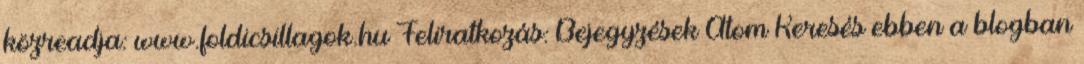
közreadja: www.foldicsillagok.hu Feliratkozás: Bejegyzések Atom Keresés ebben a blogban